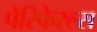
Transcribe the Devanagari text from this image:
पेरिफेरल्स